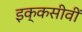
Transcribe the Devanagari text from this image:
इक्कसीवीं